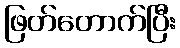
ဖြတ်တောက်ပြီး